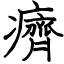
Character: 癠